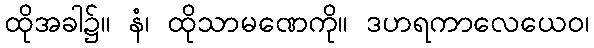
ထိုအခါ၌။ နံ၊ ထိုသာမဏေကို။ ဒဟရကာလေယေဝ၊